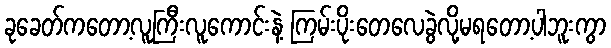
ခုခေတ်ကတော့လူကြီးလူကောင်းနဲ့ ကြမ်းပိုးတေလေခွဲလို့မရတော့ပါဘူးကွာ